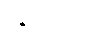
နေမိပြန်၏။